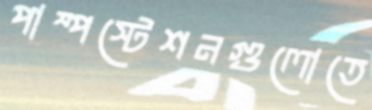
পাম্পস্টেশনগুলোতে